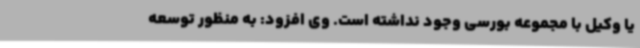
یا وکیل با مجموعه بورسی وجود نداشته است. وی افزود: به منظور توسعه